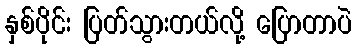
နှစ်ပိုင်း ပြတ်သွားတယ်လို့ ပြောတာပဲ